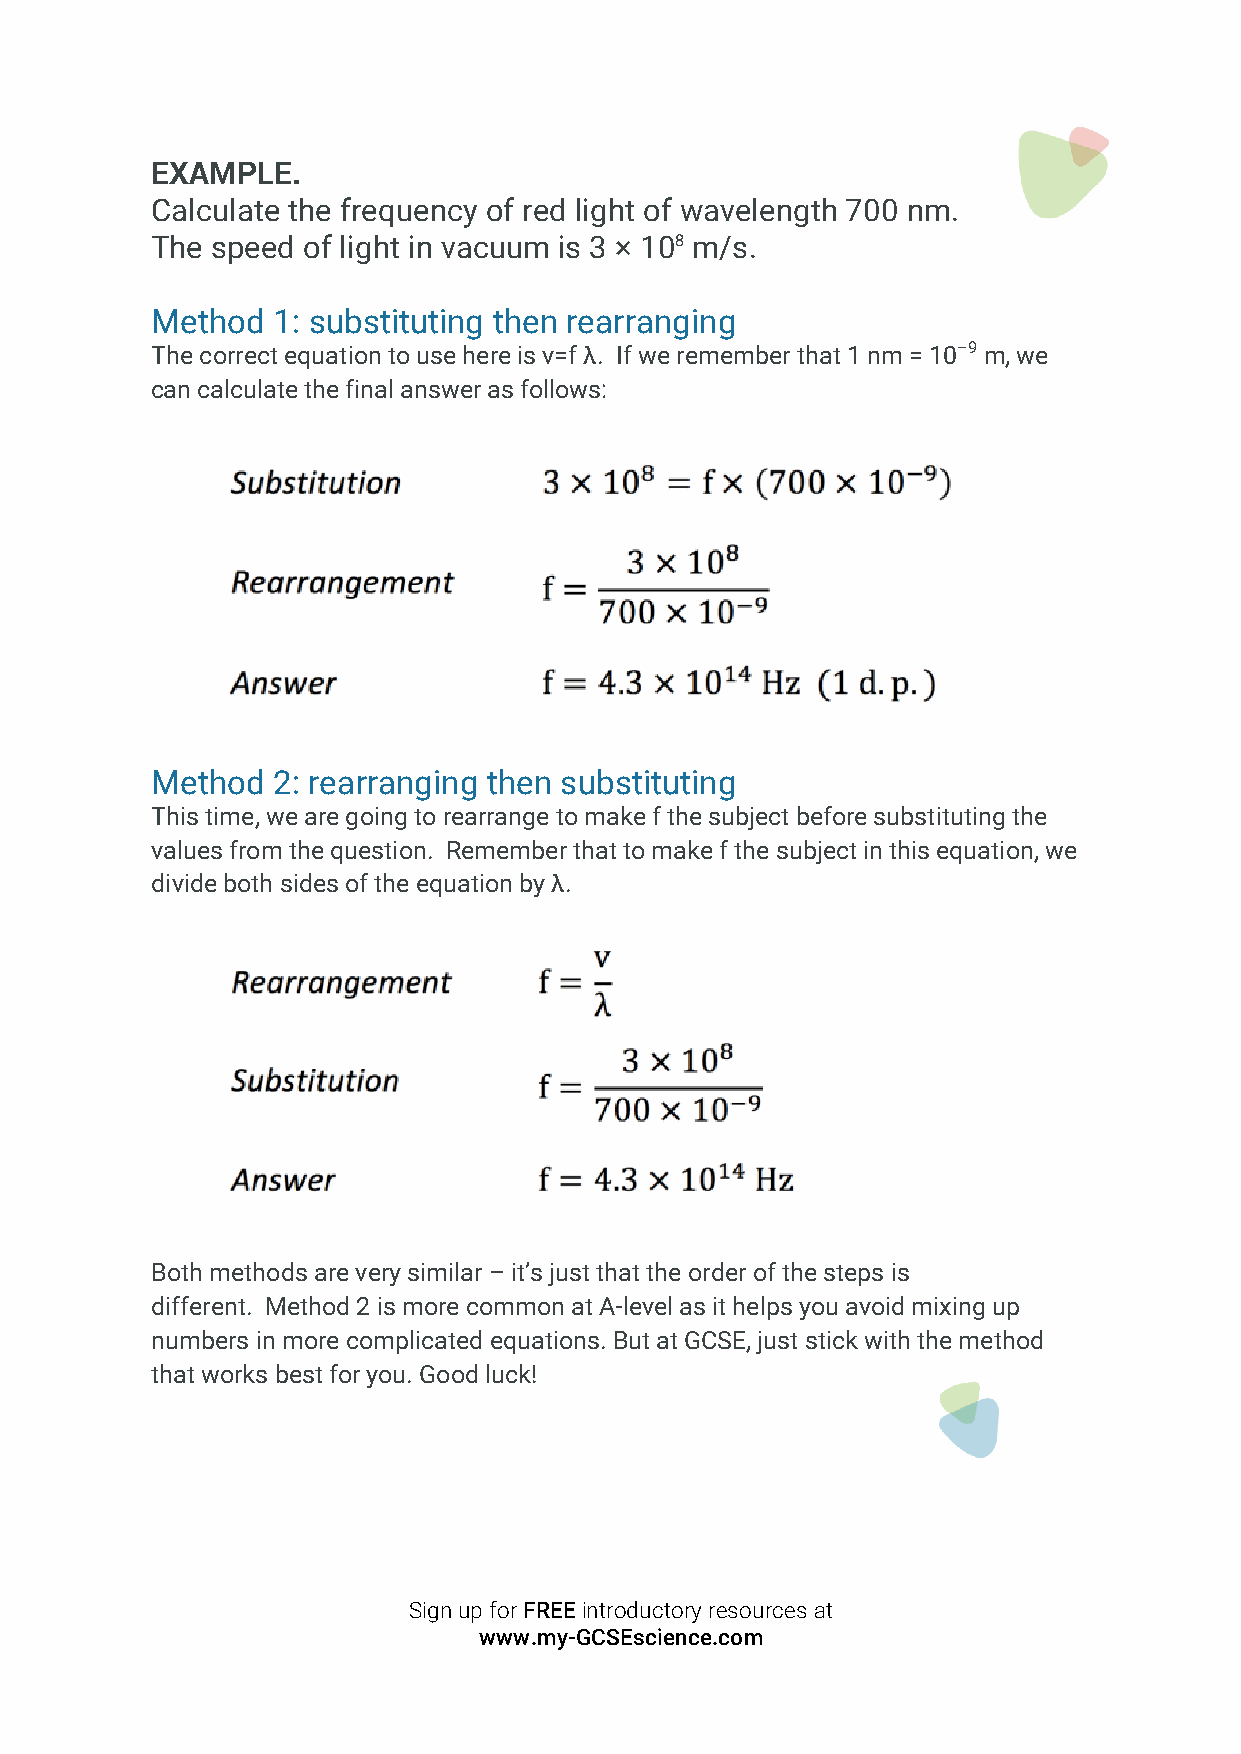
EXAMPLE.
 Calculate the frequency of red light of wavelength 700 nm.
 The speed of light in vacuum is 3 × 108 m/s.
 Method  1: substituting then rearranging
 The correct equation to use here is v=f λ. If we remember that 1 nm = 10–9 m, we
 can calculate the final answer as follows:
 Method  2: rearranging then substituting
 This time, we are going to rearrange to make f the subject before substituting the
 values from the question. Remember that to make f the subject in this equation, we
 divide both sides of the equation by λ.
 Both methods are very similar – it’s just that the order of the steps is
 different. Method 2 is more common at A-level as it helps you avoid mixing up
 numbers in more complicated equations. But at GCSE, just stick with the method
 that works best for you. Good luck!
 Sign up for FREE introductory resources at
 www.my-GCSEscience.com